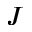
{ \cal J }